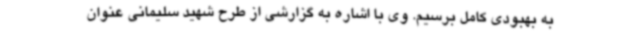
به بهبودی کامل برسیم. وی با اشاره به گزارشی از طرح شهید سلیمانی عنوان